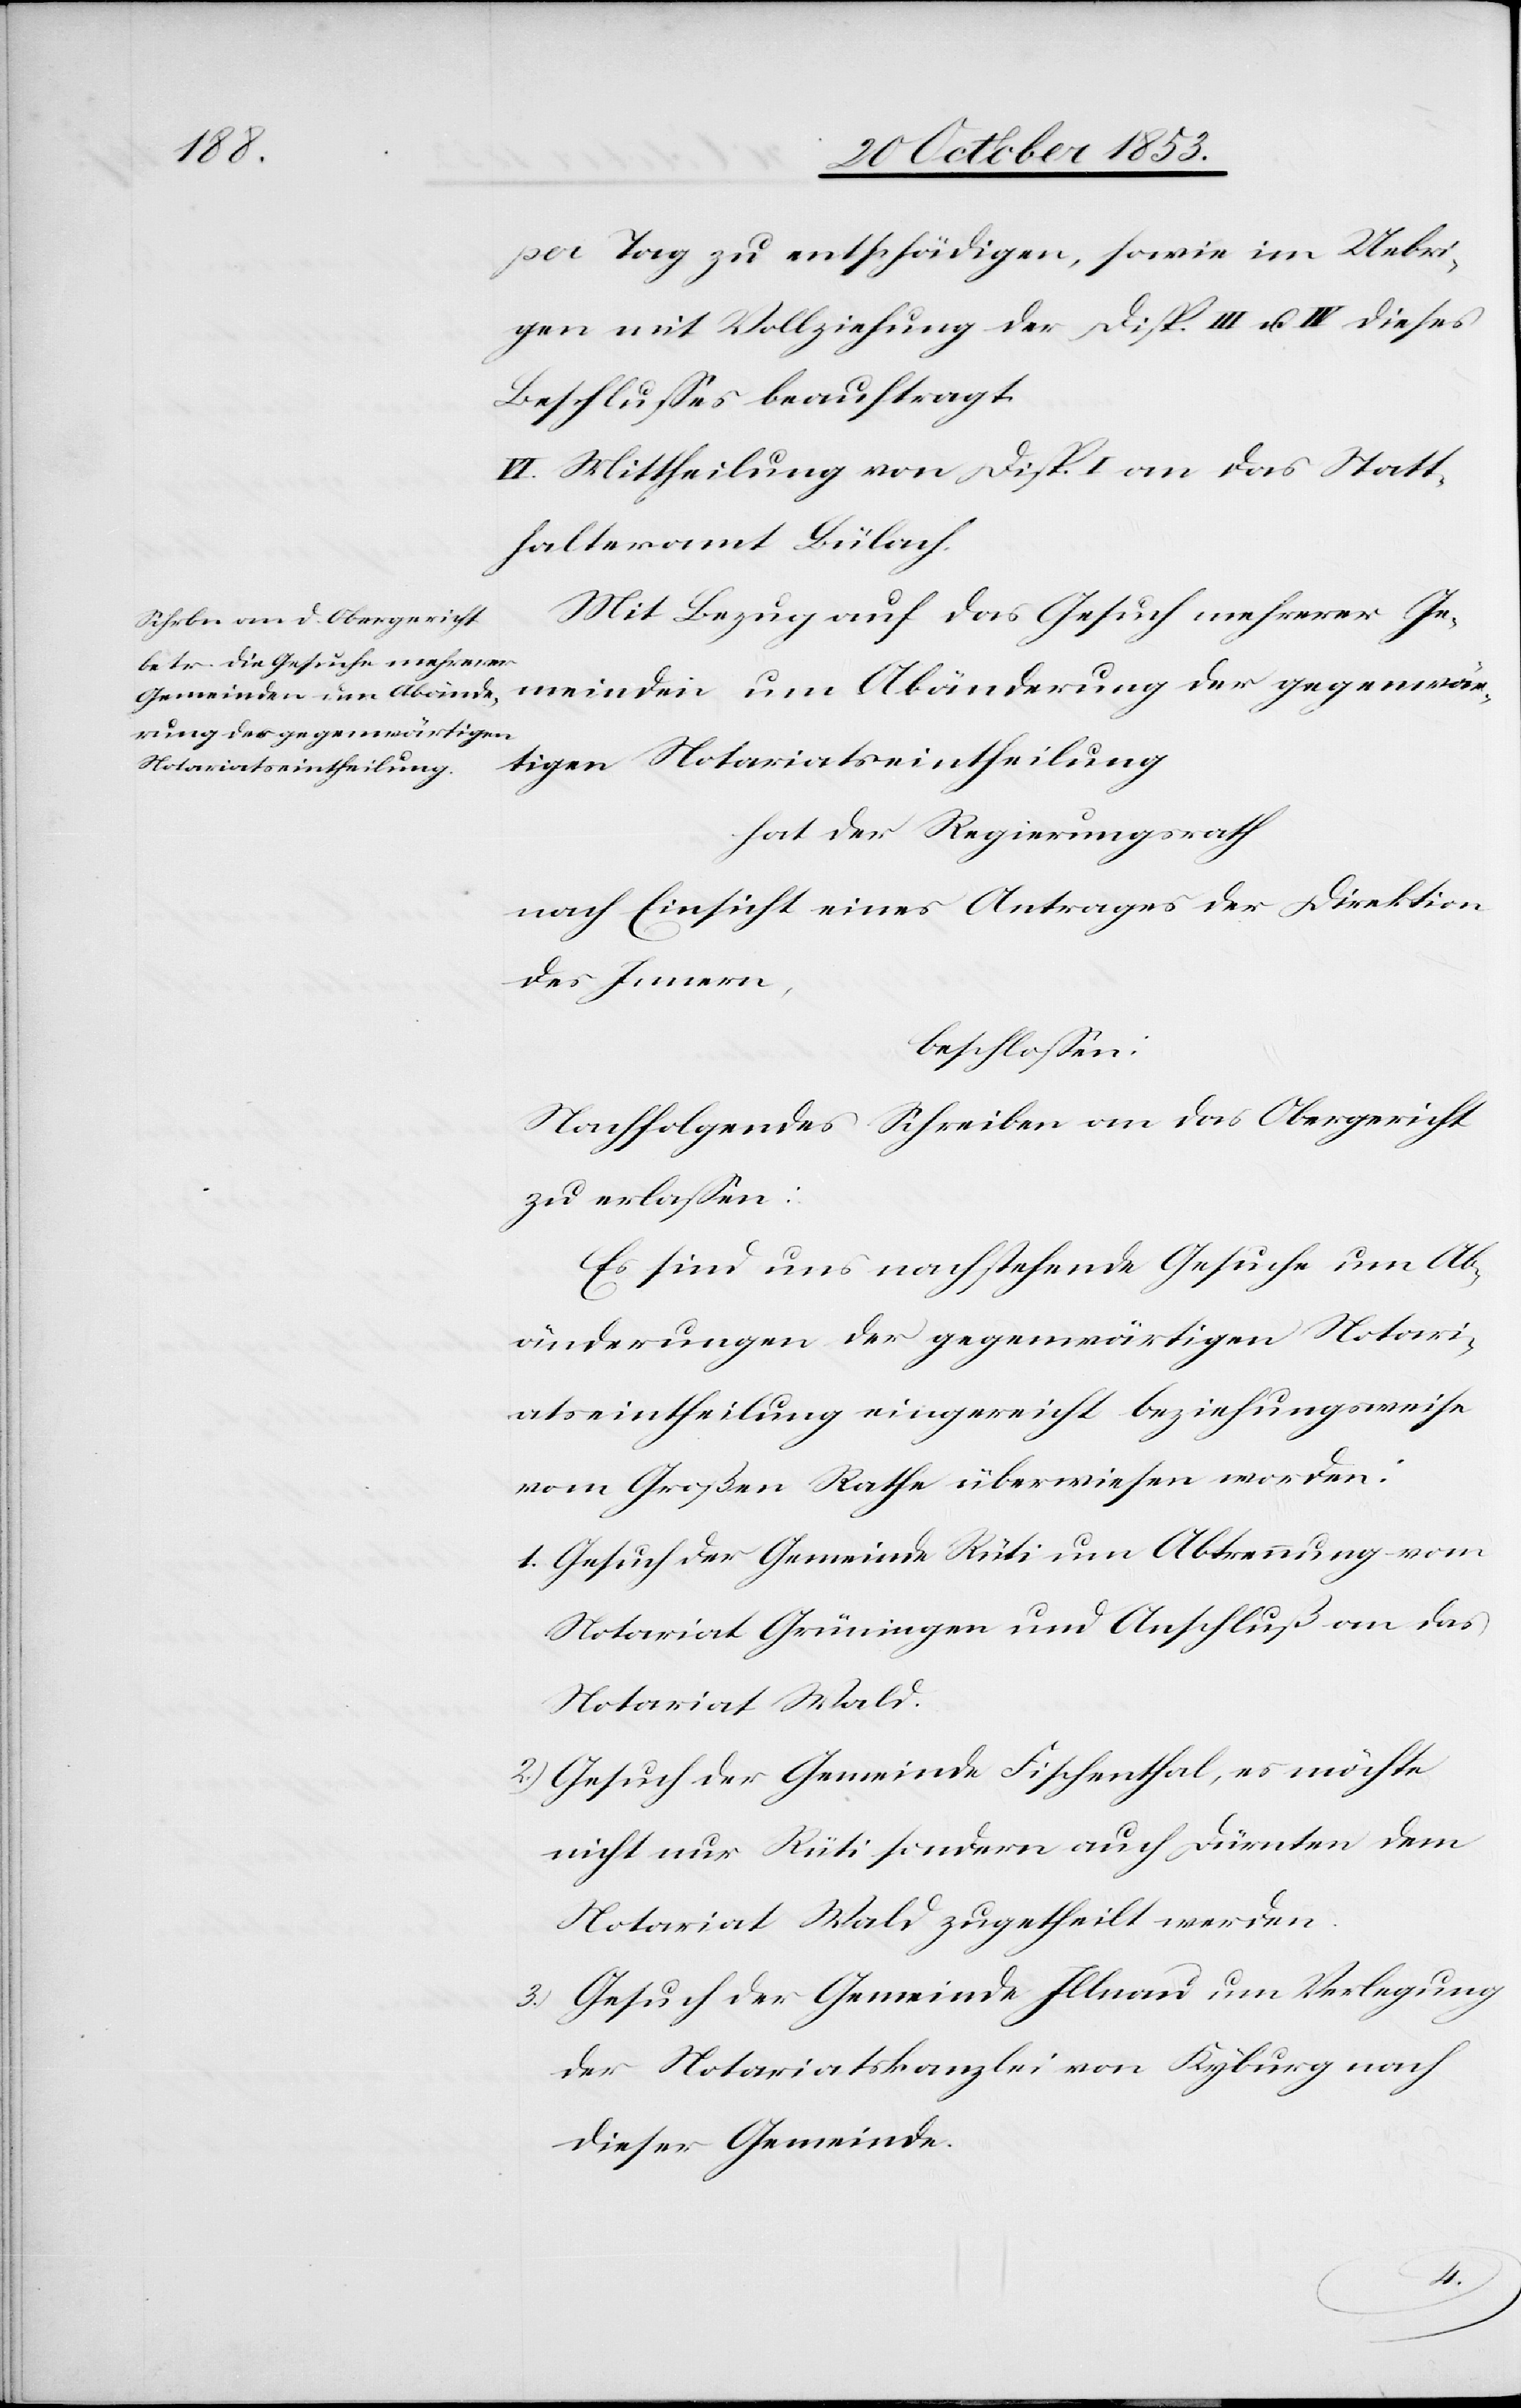
pro Tag zu entschädigen, sowie im Uebri¬
gen mit Vollziehung der Disp. III u. IV dieses
Beschlußes beauftragt.
VI. Mittheilung von Disp. I an das Statt¬
halteramt Bülach.
Mit Bezug auf das Gesuch mehrerer Ge¬
meinden um Abänderung der gegenwär¬
tigen Notariatseintheilung
hat der Regierungsrath
nach Einsicht eines Antrages der Direktion
des Innern,
beschloßen:
Nachfolgendes Schreiben an das Obergericht
zu erlaßen:
Es sind uns nachstehende Gesuche um Ab¬
änderungen der gegenwärtigen Notari¬
atseintheilung eingereicht beziehungsweise
vom Großen Rathe überwiesen worden:
1. Gesuch der Gemeinde Rüti um Abtrennung vom
Notariat Grüningen und Anschluß an das
Notariat Wald.
2.) Gesuch der Gemeinde Fischenthal, es möchte
nicht nur Rüti sondern auch Dürnten dem
Notariat Wald zugetheilt werden.
3.) Gesuch der Gemeinde Illnau um Verlegung
der Notariatskanzlei von Kyburg nach
dieser Gemeinde